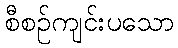
စီစဉ်ကျင်းပသော